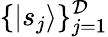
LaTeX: \{ |s_{j}\rangle\} _{j=1}^{\mathcal{D}}